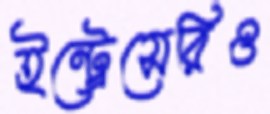
ইন্ট্রেসেরিও